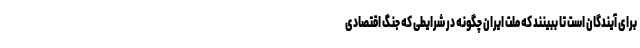
برای آیندگان است تا ببینند که ملت ایران چگونه در شرایطی که جنگ اقتصادی